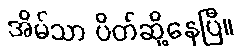
အိမ်သာ ပိတ်ဆို့နေပြီ။